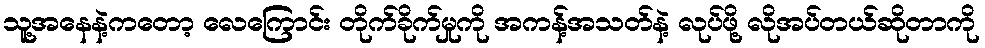
သူ့အနေနဲ့ကတော့ လေကြောင်း တိုက်ခိုက်မှုကို အကန့်အသတ်နဲ့ လုပ်ဖို့ လိုအပ်တယ်ဆိုတာကို